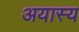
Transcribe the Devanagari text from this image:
अयास्य